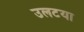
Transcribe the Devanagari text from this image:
उलटया